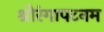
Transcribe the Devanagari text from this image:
श्रीरंगापटनम